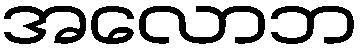
အလောဘ